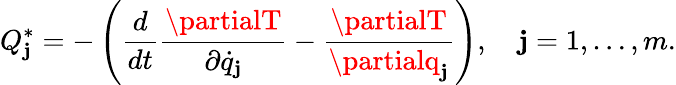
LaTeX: Q_{\mathbf{j}}^{*}=-\left({\frac{{d}}{{dt}}}{\frac{{\partialT}}{{\partial{\dot{{q}}}_{\mathbf{j}}}}}-{\frac{{\partialT}}{{\partialq_{\mathbf{j}}}}}\right),\quad\mathbf{j}=1,\ldots,m.